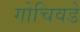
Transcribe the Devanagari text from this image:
गोचिवडे